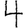
Digit: 4